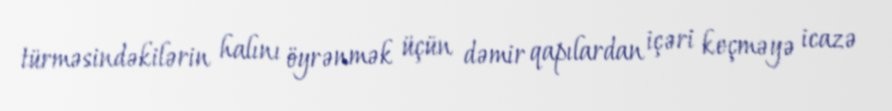
türməsindəkilərin halını öyrənmək üçün dəmir qapılardan içəri keçməyə icazə